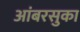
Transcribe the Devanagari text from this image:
आंबरसुका